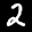
Label: 2